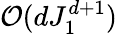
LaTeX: \mathcal{O}(dJ_{1}^{d+1})